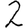
Digit: 2